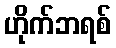
ဟိုက်ဘရစ်